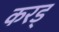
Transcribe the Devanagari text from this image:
करड्